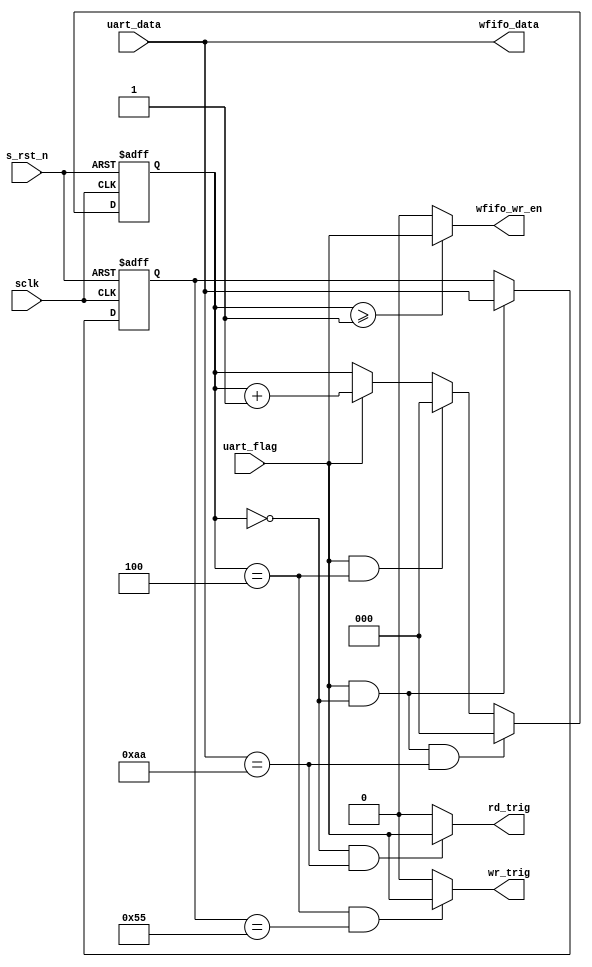
module  cmd_decode(
        // system signals
        input                   sclk                    ,
        input                   s_rst_n                 ,
        // From UART_RX module
        input                   uart_flag               ,
        input           [ 7:0]  uart_data               ,
        // Others
        output  wire            wr_trig                 ,
        output  wire            rd_trig                 ,
        output  wire            wfifo_wr_en             ,
        output  wire    [ 7:0]  wfifo_data              
);

//====================================================================\
// ********** Define Parameter and Internal Signals *************
//====================================================================/
localparam      REC_NUM_END     =       'd4                     ;

reg     [ 2:0]                  rec_num                         ;
reg     [ 7:0]                  cmd_reg                         ;

//=================================================================================
// ***************      Main    Code    ****************
//=================================================================================
always  @(posedge sclk or negedge s_rst_n) begin
        if(s_rst_n == 1'b0)
                rec_num <=      'd0;
        else if(uart_flag == 1'b1 && rec_num == 'd0 && uart_data == 8'haa)
                rec_num <=      'd0;
        else if(uart_flag == 1'b1 && rec_num == REC_NUM_END)
                rec_num <=      'd0;
        else if(uart_flag == 1'b1)
                rec_num <=      rec_num + 1'b1;
end

always  @(posedge sclk or negedge s_rst_n) begin
        if(s_rst_n == 1'b0)
                cmd_reg <=      8'h00;
        else if(rec_num == 'd0 && uart_flag == 1'b1)
                cmd_reg <=      uart_data;
end

assign  wr_trig         =       (rec_num == REC_NUM_END && cmd_reg == 8'h55) ? uart_flag : 1'b0;
assign  rd_trig         =       (rec_num == 'd0 && uart_data == 8'haa) ? uart_flag : 1'b0;
assign  wfifo_wr_en     =       (rec_num >= 'd1) ? uart_flag : 1'b0;
assign  wfifo_data      =       uart_data;

endmodule